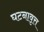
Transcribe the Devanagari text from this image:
घटनावृत्त